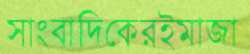
সাংবাদিকেরইমাজা